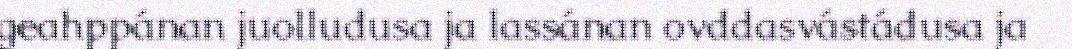
geahppánan juolludusa ja lassánan ovddasvástádusa ja